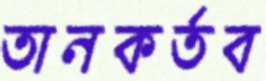
তানকর্তব